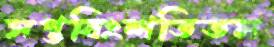
সপ্তবিংশতিতম